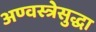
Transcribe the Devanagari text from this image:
अण्वस्त्रेसुद्धा